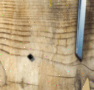
٠